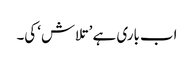
اب باری ہے ’تلاش‘ کی۔